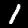
Label: 1